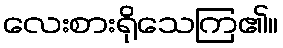
လေးစားရိုသေကြ၏။